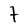
Character: t